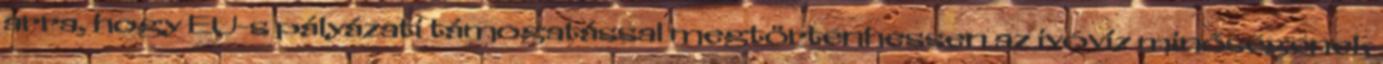
arra, hogy EU-s pályázati támogatással megtörténhessen az ivóvíz minőségének